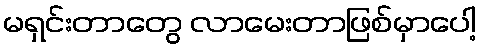
မရှင်းတာတွေ လာမေးတာဖြစ်မှာပေါ့